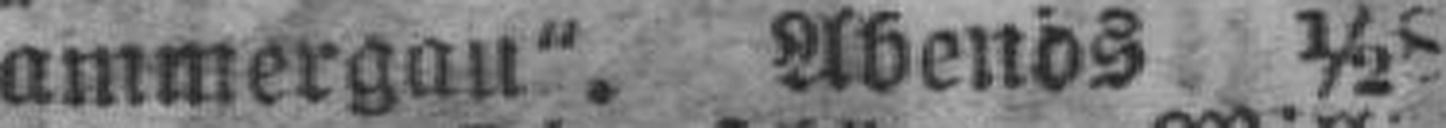
ammergau“. Abends ½8